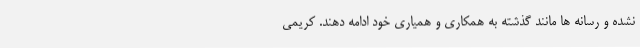
نشده و رسانه ها مانند گذشته به همکاری و همیاری خود ادامه دهند. کریمی